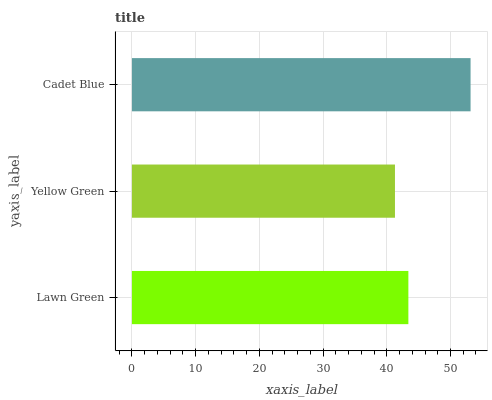
| yaxis_label | bars |
 | --- | --- |
 | Lawn Green | 43.4 |
 | Yellow Green | 41.3 |
 | Cadet Blue | 53.1 |